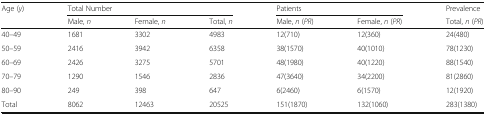
| <ROWSPAN=2> Age (y) | <COLSPAN=3> Total Number | <COLSPAN=2> Patients | Prevalence |
 | Male, n | Female, n | Total, n | Male, n (PR) | Female, n (PR) | Total, n (PR) |
 | --- | --- | --- | --- | --- | --- | --- |
 | 40–49 | 1681 | 3302 | 4983 | 12(710) | 12(360) | 24(480) |
 | 50–59 | 2416 | 3942 | 6358 | 38(1570) | 40(1010) | 78(1230) |
 | 60–69 | 2426 | 3275 | 5701 | 48(1980) | 40(1220) | 88(1540) |
 | 70–79 | 1290 | 1546 | 2836 | 47(3640) | 34(2200) | 81(2860) |
 | 80–90 | 249 | 398 | 647 | 6(2460) | 6(1570) | 12(1920) |
 | Total | 8062 | 12463 | 20525 | 151(1870) | 132(1060) | 283(1380) |